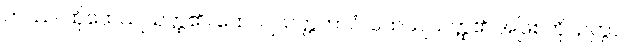
တဿ၊ ထိုထေယျသတ္ထ၏။ ထေယျသတ္တဘာဝံ၊ ထေယျသတ္ထ၏ အဖြစ်ကို။ ဉတွာ၊